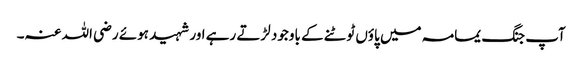
آپ جنگ یمامہ میں پاؤں ٹوٹنے کے باوجود لڑتے رہے اور شہید ہوئے رضی اللہ عنہ۔